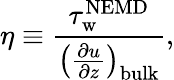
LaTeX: \eta\equiv\frac{\tau_{\mathrm{w}}^{\mathrm{NEMD}}}{\left(\frac{\partial u}{\partial z}\right)_{\mathrm{bulk}}},